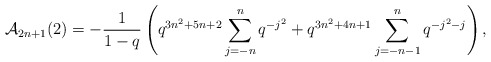
\begin{align*} \mathcal{A}_{2n+1}(2) = -\frac{1}{1-q}\left(q^{3n^2+5n+2}\sum_{j=-n}^{n} q^{-j^2} + q^{3n^2+4n+1}\sum_{j=-n-1}^n q^{-j^2-j}\right),\end{align*}